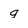
Character: g